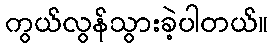
ကွယ်လွန်သွားခဲ့ပါတယ်။